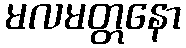
မလမတ္တနော